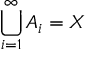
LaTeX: \bigcup _ { i = 1 } ^ { \infty } A _ { i } = X